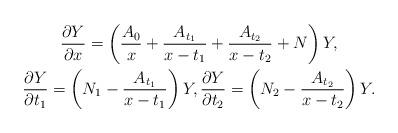
LaTeX: \begin{gather*}\frac{\partial Y}{\partial x}=\left(\frac{A_0}{x}+\frac{A_{t_1}}{x-t_1}+\frac{A_{t_2}}{x-t_2}+N \right)Y ,\\\frac{\partial Y}{\partial t_1}=\left( N_1-\frac{A_{t_1}}{x-t_1} \right)Y ,\frac{\partial Y}{\partial t_2}=\left( N_2-\frac{A_{t_2}}{x-t_2} \right)Y .\end{gather*}